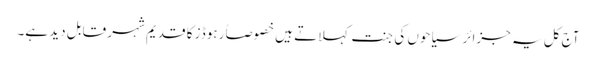
آج کل یہ جزائر سیاحوں کی جنت کہلاتے ہیں خصوصاً رہوڈز کا قدیم شہر قابل دید ہے۔